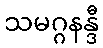
သမဂ္ဂနန္ဒီ